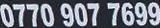
0770 907 7699